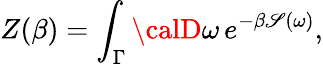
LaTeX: Z(\beta)=\int_{\Gamma}{\calD}\omega\, e^{-\beta\mathscr{S}(\omega)},